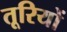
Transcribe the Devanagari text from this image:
तूरियों